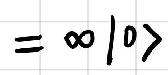
$= \infty |0\rangle$